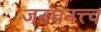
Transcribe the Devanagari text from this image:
जनघनत्त्व